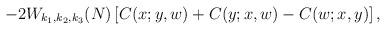
LaTeX: \begin{align*}-2 W_{k_1,k_2,k_3}(N) \left[ C(x;y,w) + C(y;x,w) - C(w;x,y) \right] ,\end{align*}